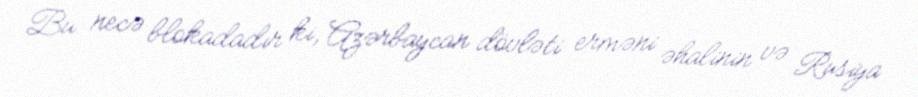
Bu necə blokadadır ki, Azərbaycan dövləti erməni əhalinin və Rusiya